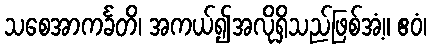
သစေအာကင်္ခတိ၊ အကယ်၍အလိုရှိသည်ဖြစ်အံ့။ ဧဝံ၊